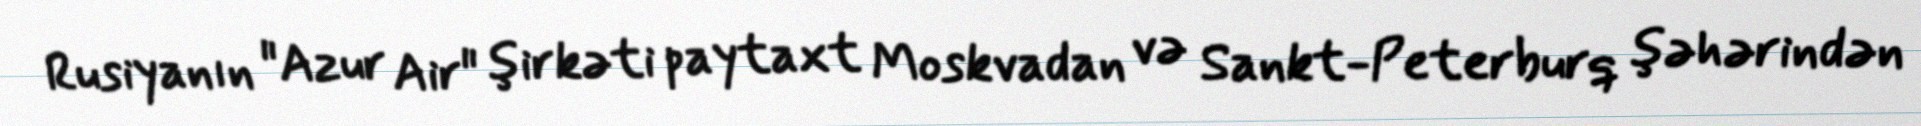
Rusiyanın "Azur Air" şirkəti paytaxt Moskvadan və Sankt-Peterburq şəhərindən